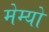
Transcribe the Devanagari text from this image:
मेम्यो